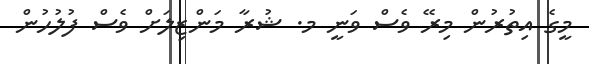
މީގެ އިތުރުން މިރޭ ވެސް ވަނީ މ. ޝުރާ މަންޒިލަށް ވެސް ފުލުހުން